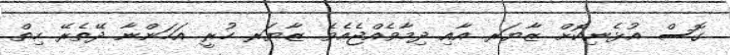
ގޮސް އުޅެނިކޮށް ޒާޔަރ އާއި ދިމާވެއްޖެއެވެ. ޒާޔަރ ހުރީ އަހަންނާ ދޭތެރޭ ހިތް